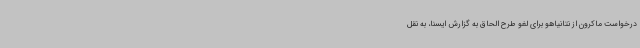
درخواست ماکرون از نتانیاهو برای لغو طرح الحاق به گزارش ایسنا، به نقل